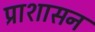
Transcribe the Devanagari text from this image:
प्राशासन